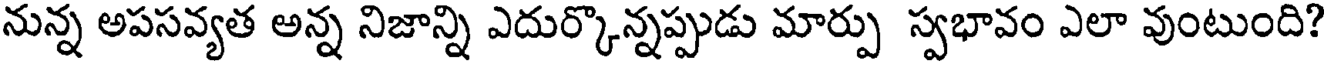
నున్న అపసవ్యత అన్న నిజాన్ని ఎదుర్కొన్నప్పుడు మార్పు స్వభావం ఎలా వుంటుంది?